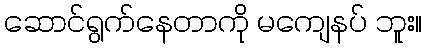
ဆောင်ရွက်နေတာကို မကျေနပ် ဘူး။